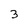
Character: 3